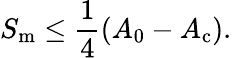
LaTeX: S_{\mathrm{m}}\leq\frac{1}{4}\left(A_{0}-A_{\mathrm{c}}\right).